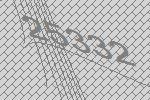
25332